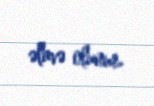
əlavə olunur.